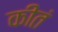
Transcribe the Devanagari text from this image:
कीतं